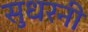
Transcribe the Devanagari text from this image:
सुधरनी